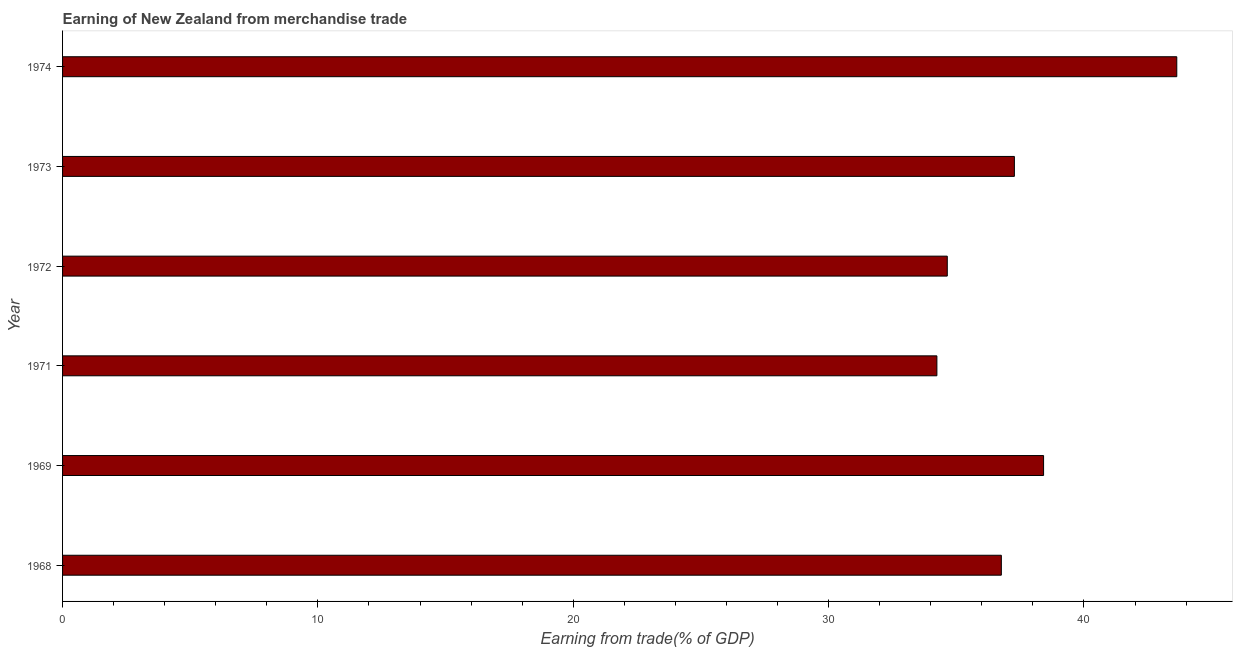
| Year | Merchandise trade |
 | --- | --- |
 | 1968 | 36.8 |
 | 1969 | 38.4 |
 | 1971 | 34.2 |
 | 1972 | 34.6 |
 | 1973 | 37.3 |
 | 1974 | 43.6 |